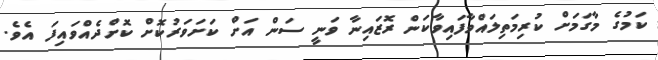
ކަމުގެ މާގަމަށް ކުރިމަތިލައްވާފައިވާކަން ރޮޒައިނާ ވަނީ ސަން އަށް ކަށަވަރުކޮށް ކޮށްދެއްވައިފަ އެވެ.